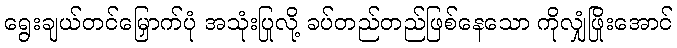
ရွေးချယ်တင်မြှောက်ပုံ အသုံးပြုလို့ ခပ်တည်တည်ဖြစ်နေသော ကိုလျှံဖြိုးအောင်